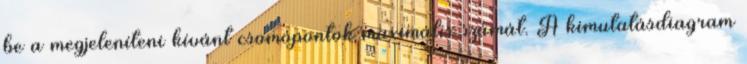
be a megjeleníteni kívánt csomópontok maximális számát. A kimutatásdiagram